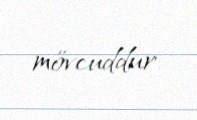
mövcuddur.